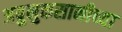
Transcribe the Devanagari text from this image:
अब्रुनुकसानीच्या